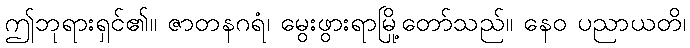
ဤဘုရားရှင်၏။ ဇာတနဂရံ၊ မွေးဖွားရာမြို့တော်သည်။ နေဝ ပညာယတိ၊